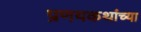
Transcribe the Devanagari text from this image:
प्रणयकथांच्या